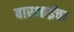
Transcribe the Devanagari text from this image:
बारभाईंचा